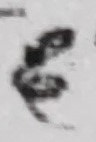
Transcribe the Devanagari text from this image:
६